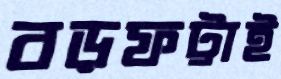
বড়ফট্টাই